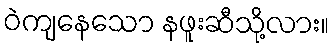
ဝဲကျနေသော နဖူးဆီသို့လား။